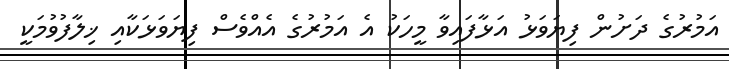
އަމުރުގެ ދަށުން ފިޔަވަޅު އަޅާފައިވާ މީހަކު އެ އަމުރުގެ އެއްވެސް ފިޔަވަޅަކާއި ޚިލާފުވުމަކީ